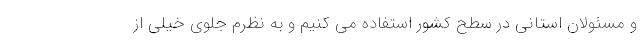
و مسئولان استانی در سطح کشور استفاده می کنیم و به نظرم جلوی خیلی از